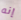
إنه